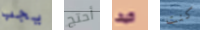
يجب أحتج كيف كنت